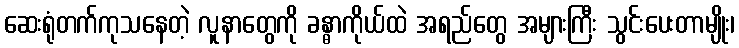
ဆေးရုံတက်ကုသနေတဲ့ လူနာတွေကို ခန္ဓာကိုယ်ထဲ အရည်တွေ အများကြီး သွင်းပေးတာမျိုး၊